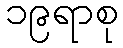
၁၉ရာစု